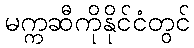
မက္ကဆီကိုနိုင်ငံတွင်